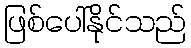
ဖြစ်ပေါ်နိုင်သည်